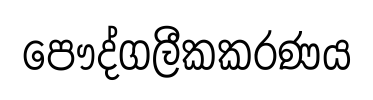
පෞද්ගලීකකරණය